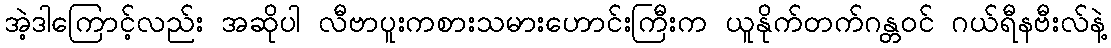
အဲ့ဒါကြောင့်လည်း အဆိုပါ လီဗာပူးကစားသမားဟောင်းကြီးက ယူနိုက်တက်ဂန္တဝင် ဂယ်ရီနဗီးလ်နဲ့